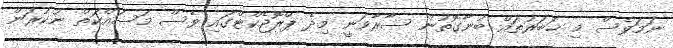
ނަމަވެސް މި ޚަބަރުތައް ބުނާގޮތުން ސާރާވަނީ މިދެ ޕްރޮޖެކްޓްގައި ވެސް މަސައްކަތް ނުކުރަން